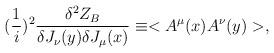
LaTeX: \begin{align*}({1\over i})^2{{\delta^2 Z_B}\over{\delta J_\nu(y)\delta J_\mu (x)}}\equiv <A^\mu(x)A^\nu(y)>,\end{align*}